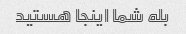
بله شما اینجا هستید